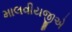
માલવીયજીએ